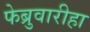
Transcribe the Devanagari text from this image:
फेब्रुवारीहा